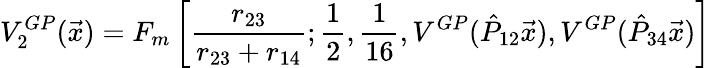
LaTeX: V_{2}^{GP}(\vec{x})=F_{m}\left[\frac{r_{23}}{r_{23}+r_{14}};\frac{1}{2},\frac{1}{16},V^{GP}(\hat{P}_{12}\vec{x}),V^{GP}(\hat{P}_{34}\vec{x})\right]